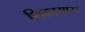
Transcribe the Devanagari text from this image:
शिकामारू